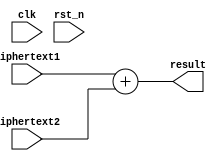
module homomorphic_add
#(
  parameter PLAINTEXT_MODULUS = 64,
  parameter PLAINTEXT_WIDTH = 6,
  parameter CIPHERTEXT_MODULUS = 1024,
  parameter CIPHERTEXT_WIDTH = 10,
  parameter DIMENSION = 1,
  parameter BIG_N = 30
)
(
    input clk,
    input rst_n,
    
    input signed [CIPHERTEXT_WIDTH-1:0] ciphertext1,
    input signed [CIPHERTEXT_WIDTH-1:0] ciphertext2,
    
    output wire [CIPHERTEXT_WIDTH-1:0] result
);

  assign result = ciphertext1 + ciphertext2;
  
endmodule